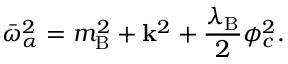
\bar { \omega } _ { \alpha } ^ { 2 } = m _ { \mathrm { B } } ^ { 2 } + { \bf k } ^ { 2 } + \frac { \lambda _ { \mathrm { B } } } { 2 } \phi _ { c } ^ { 2 } .